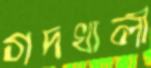
গদখালী